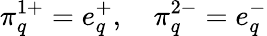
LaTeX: \pi_{q}^{1+}=e_{q}^{+},\quad\pi_{q}^{2-}=e_{q}^{-}